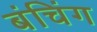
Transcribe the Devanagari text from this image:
बंचिंग